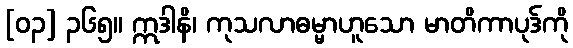
[၀၃] ၃၆၅။ ဣဒါနိ၊ ကုသလာဓမ္မာဟူသော မာတိကာပုဒ်ကို